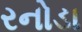
રનોડા